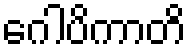
ဂေါပိကာတိ